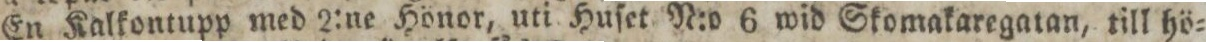
En Kalkontupp med 2:ne Hönor, uti Huſet N:o 6 wid Skomakaregatan, till hö=